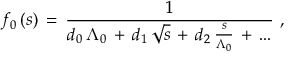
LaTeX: f _ { 0 } \, ( s ) \, = \, \frac { 1 } { d _ { 0 } \, \Lambda _ { 0 } \, + \, d _ { 1 } \, \sqrt { s } \, + \, d _ { 2 } \, \frac { s } { \Lambda _ { 0 } } \, + \, . . . } \, \, ,